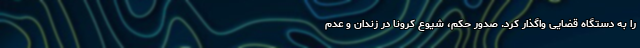
را به دستگاه قضایی واگذار کرد. صدور حکم، شیوع کرونا در زندان و عدم